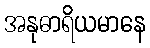
အနုဓာရိယမာနေ